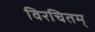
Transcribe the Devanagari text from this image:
विरचितम्